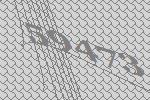
59473